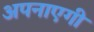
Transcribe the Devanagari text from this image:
अपनाएगी